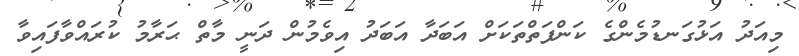
މިއަދު އަޅުގަނޑުމެންގެ ކަންފަތްތަކަށް އަބަދާ އަބަދު އިވެމުން ދަނީ މާތް ޙަރާމު ކުރައްވާފައިވާ